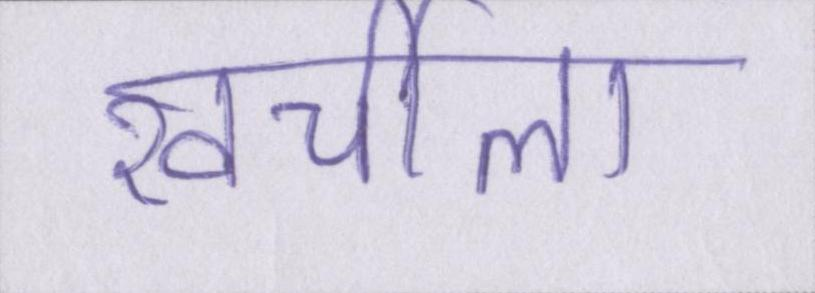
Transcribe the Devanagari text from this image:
खर्चीला